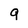
Character: 9